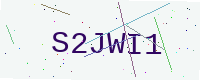
Text: S2JWI1